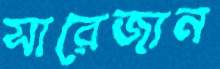
সারেজান